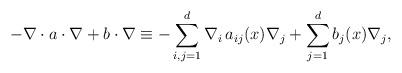
LaTeX: \begin{align*}-\nabla \cdot a \cdot \nabla + b \cdot \nabla \equiv -\sum_{i,j=1}^d \nabla_i\, a_{ij}(x) \nabla_j + \sum_{j=1}^d b_j(x) \nabla_j,\end{align*}